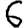
Digit: 6